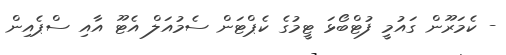
- ކެމަރޫން ގައުމީ ފުޓްބޯޅަ ޓީމުގެ ކެޕްޓަން ސެމުއަލް އެޓޫ އާއި ސްޕެއިން